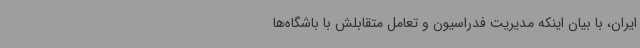
ایران، با بیان اینکه مدیریت فدراسیون و تعامل متقابلش با باشگاه‌ها